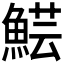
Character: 𩸜